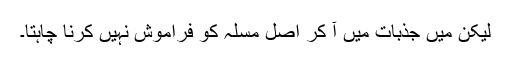
لیکن میں جذبات میں آ کر اصل مسلہ کو فراموش نہیں کرنا چاہتا۔